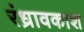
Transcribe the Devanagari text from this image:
रंध्रावकाश